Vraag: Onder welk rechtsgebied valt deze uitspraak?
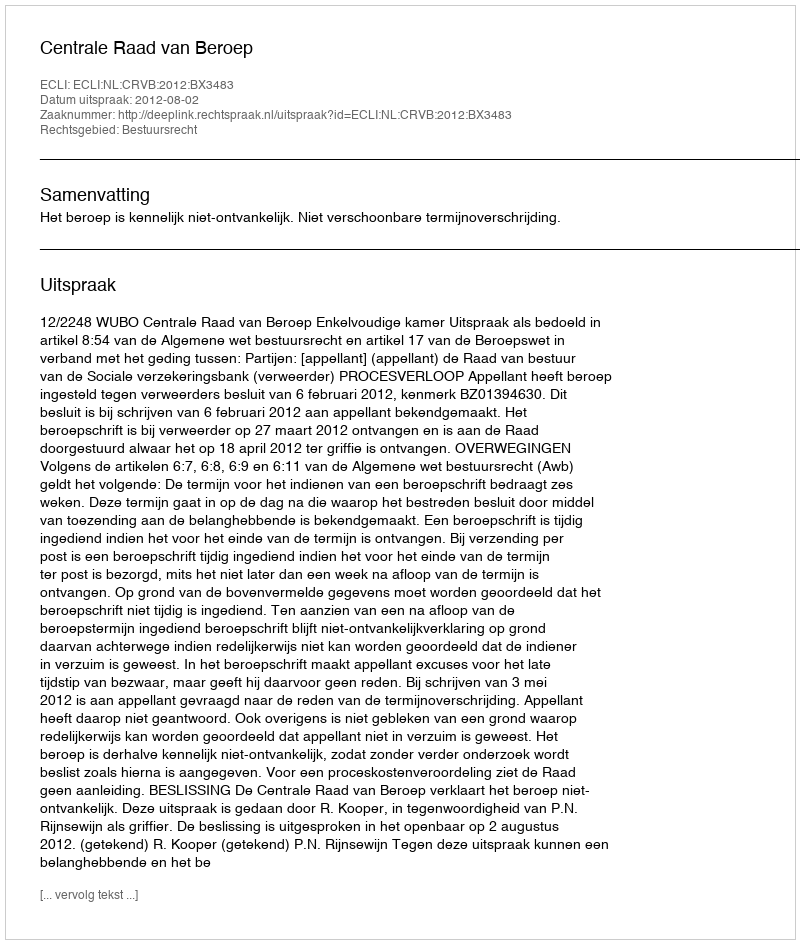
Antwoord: Bestuursrecht